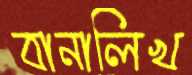
বানালিখ